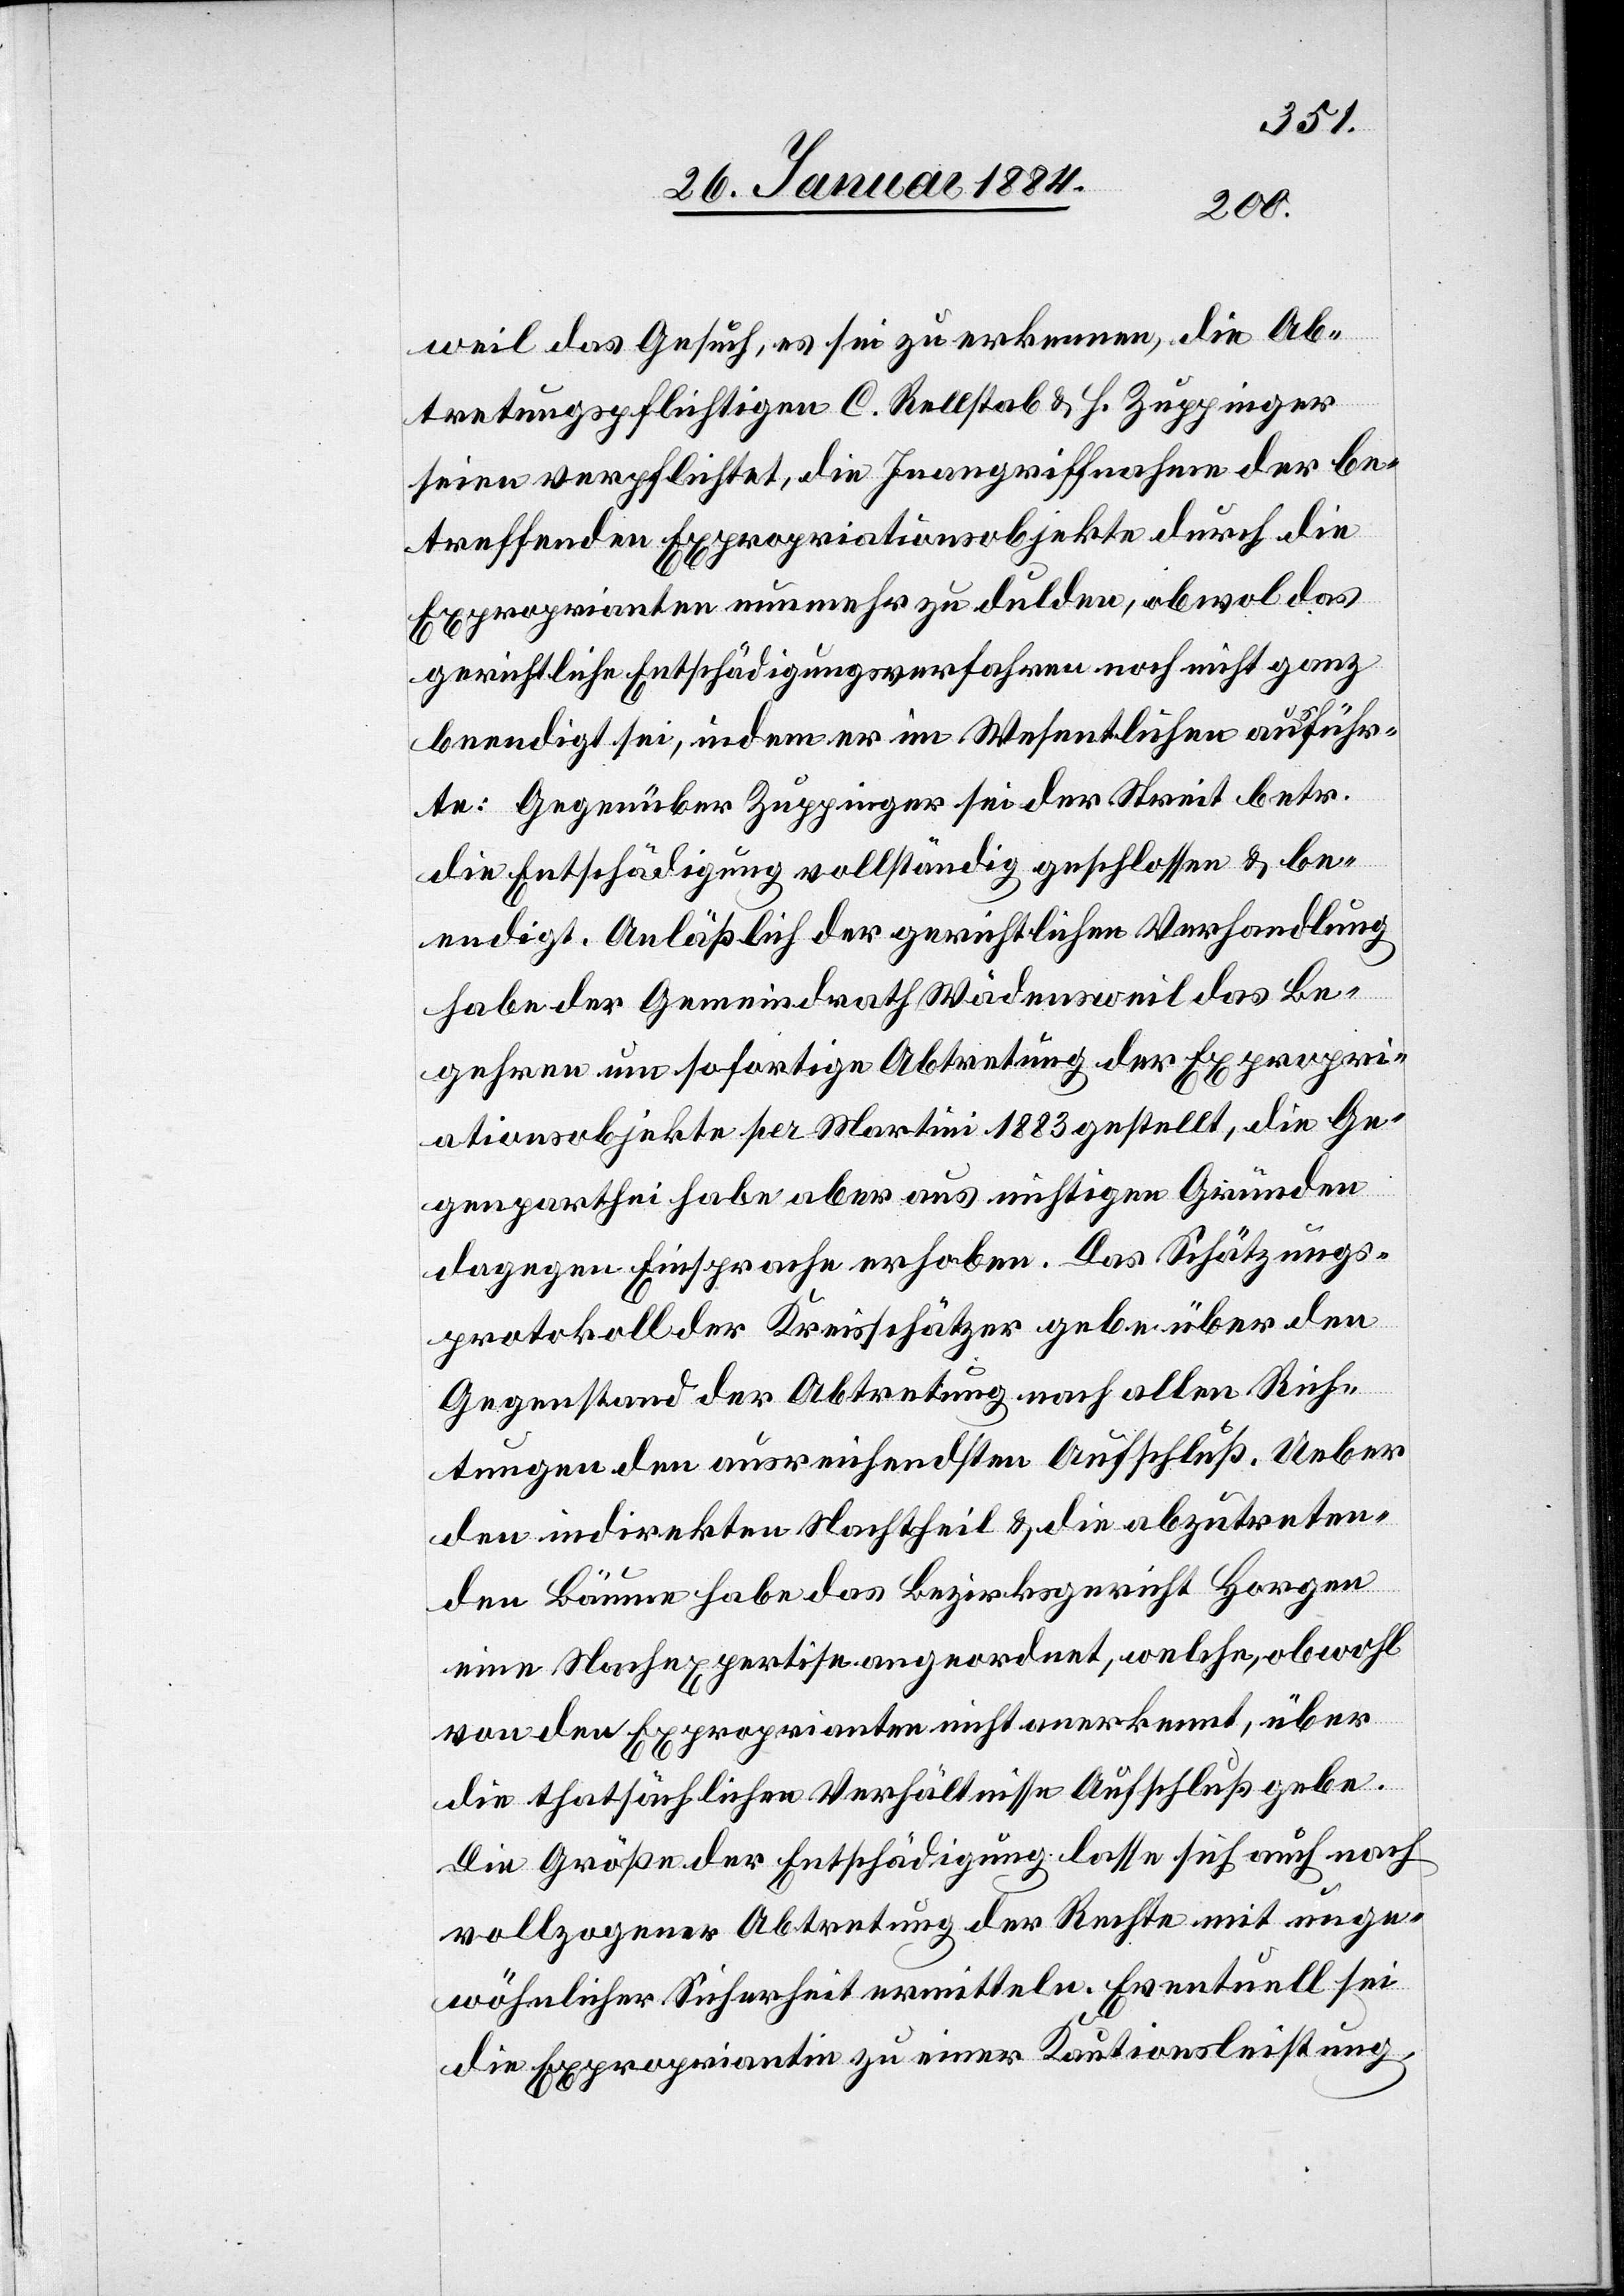
weil das Gesuch, es sei zu erkennen, die Ab¬
tretungspflichtigen C. Rellstab & H. Zuppinger
seien verpflichtet, die Inangriffnahme der be¬
treffenden Expropriationsobjekte durch die
Exproprianten nunmehr zu dulden, obwol das
gerichtliche Entschädigungsverfahren noch nicht ganz
beendigt sei, indem er im Wesentlichen aufführ¬
t: Gegenüber Zuppinger sei der Streit betr.
die Entschädigung vollständig geschlossen & be¬
endigt. Anläßlich der gerichtlichen Verhandlung
habe der Gemeindrath Wädensweil das Be¬
gehren um sofortige Abtretung der Expropri¬
ationsobjekte per Martini 1883 gestellt, die Ge¬
genpartei habe aber aus unrichtigen Gründen
dagegen Einsprache erhoben. Das Schätzungs¬
protokoll der Kreisschätzer gebe über den
Gegenstand der Abtretung nach allen Rich¬
tungen den ausreichendsten Aufschluß. Ueber
den indirekten Nachtheil & die abzutreten¬
den Bäume habe das Bezirksgericht Horgen
eine Nachexpertise angeordnet, welche, obwohl
von den Exproprianten nicht anerkannt, über
die thatsächlichen Verhältnisse Aufschluß gebe.
Die Größe der Entschädigung lasse sich auch nach
vollzogener Abtretung der Rechte mit unge¬
wöhnlicher Sicherheit ermitteln. Eventuell sei
die Expropriantin zu einer Kautionsleistung,